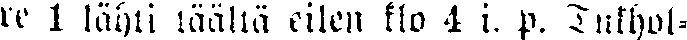
re 1 lähti täällä eilen klo 4 i. p. Tukhol-